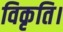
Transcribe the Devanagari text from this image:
विकृति।